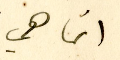
انما هي